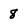
Character: 8